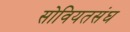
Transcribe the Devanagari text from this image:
सोवियतसंघ